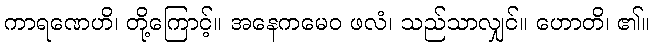
ကာရဏေဟိ၊ တို့ကြောင့်။ အနေကမေဝ ဖလံ၊ သည်သာလျှင်။ ဟောတိ၊ ၏။